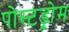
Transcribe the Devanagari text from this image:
पोस्टड्रोम